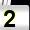
Digit: 2